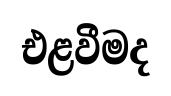
එළවීමද